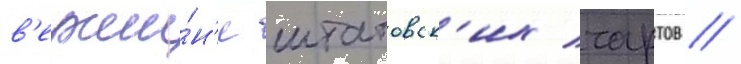
в'ерши́н'е штатовск'их чартов //